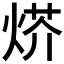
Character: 𤊍